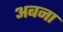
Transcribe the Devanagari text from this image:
अबना